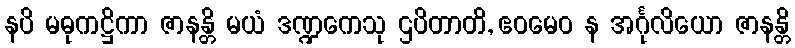
နပိ မဓုကဋ္ဌိကာ ဇာနန္တိ မယံ ဒဏ္ဍကေသု ဌပိတာတိ, ဧဝမေဝ န အင်္ဂုလိယော ဇာနန္တိ